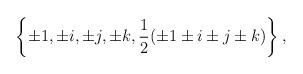
LaTeX: \begin{align*}\left\{\pm 1, \pm i, \pm j, \pm k, \frac{1}{2}(\pm 1 \pm i \pm j \pm k)\right\},\end{align*}